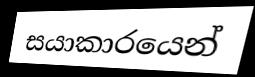
සයාකාරයෙන්